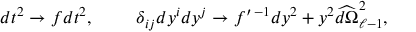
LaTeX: d t ^ { 2 } \to f d t ^ { 2 } , \ \ \ \ \ \ \ \delta _ { i j } d y ^ { i } d y ^ { j } \to f ^ { \prime \, - 1 } d y ^ { 2 } + y ^ { 2 } \widehat { d \Omega } _ { \ell - 1 } ^ { 2 } ,